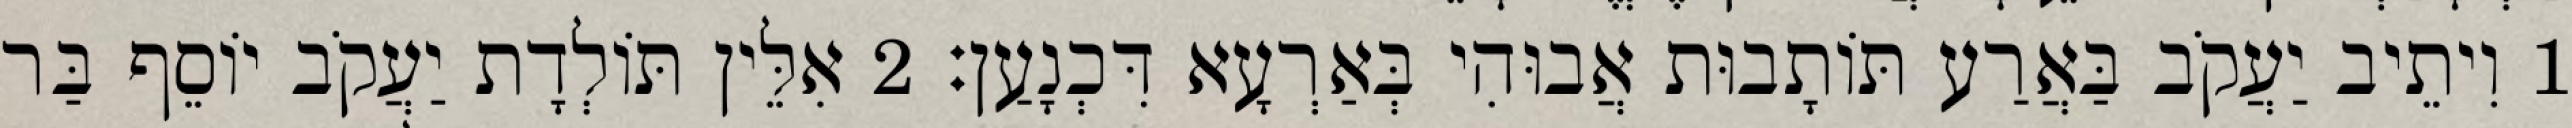
1 וִיתֵיב יַעֲקֹב בַּאֲרַע תּוֹתָבוּת אֲבוּהִי בְּאַרְעָא דִּכְנָעַן׃ 2 אִלֵּין תּוֹלְדָת יַעֲקֹב יוֹסֵף בַּר